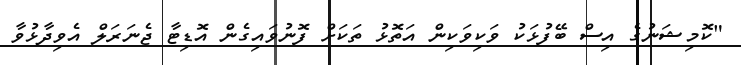
"ކޮމިޝަނުގެ އިސް ބޭފުޅަކު ވަކިވަކިން އަތޮޅު ތަކަށް ފޮނުވައިގެން އޮޑިޓާ ޖެނަރަލް އެވިދާޅުވާ